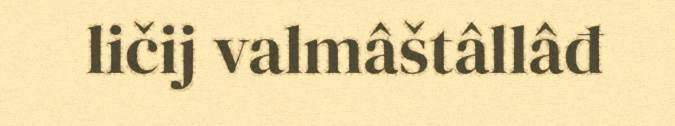
ličij valmâštâllâđ